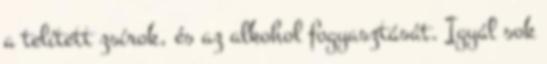
a telített zsírok, és az alkohol fogyasztását. Igyál sok